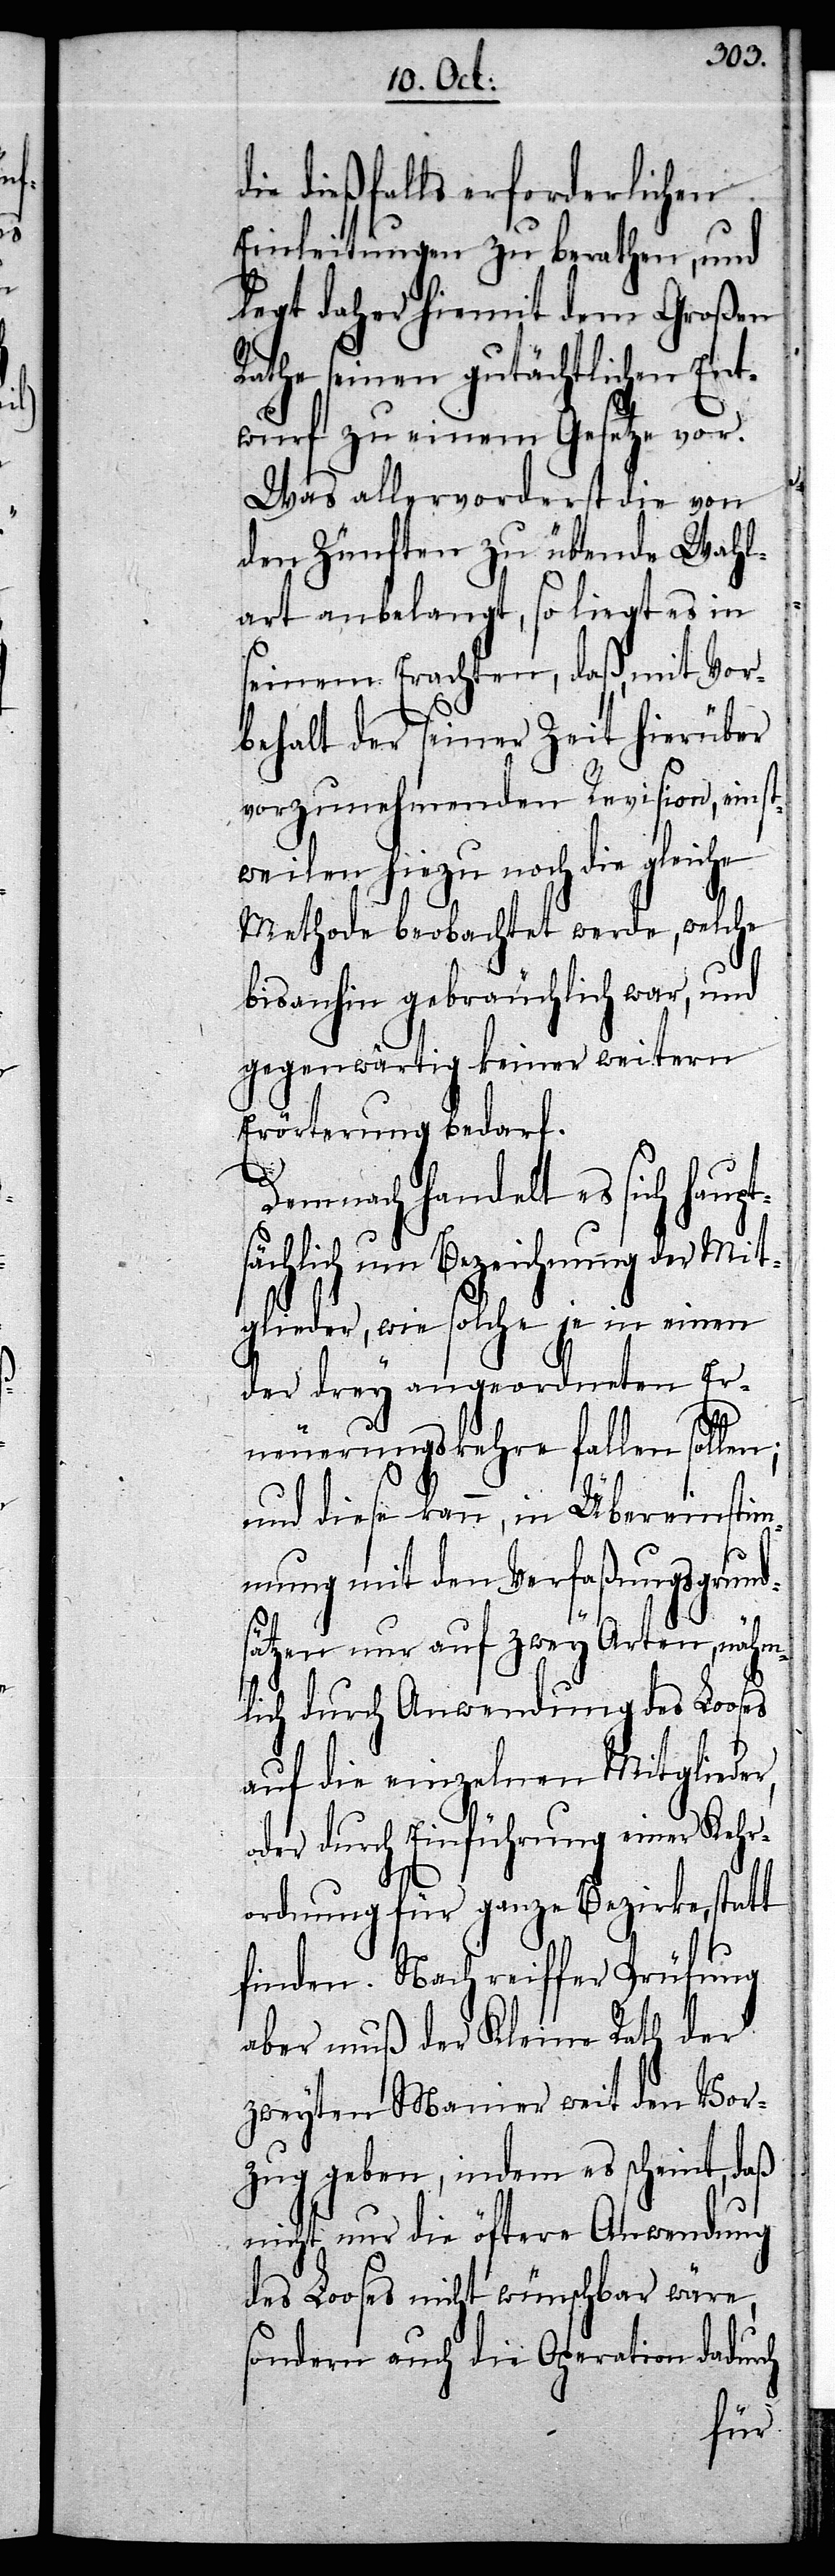
die dießfalls erforderlichen
Einleitungen zu berathen, und
legt daher hiemit dem Großen
Rathe seinen gutächtlichen Ent¬
wurf zu einem Gesetze vor.
Was allervorderst die von
den Zünften zu übende Wahl¬
art anbelangt, so liegt es in
seinem Erachten, daß, mit Vor¬
behalt der seiner Zeit hierüber
vorzunehmenden Revision, einst¬
weilen hiezu noch die gleiche
Methode beobachtet werde, welche
bisanhin gebräuchlich war, und
gegenwärtig keiner weitern
Erläuterung bedarf.
Demnach handelt es sich haupt¬
ächlich um Bezeichnung der Mit¬
glieder, wie solche je in einen
der drey angeordneten Er¬
ch
neuerungskehre fallen sollen;
und diese kann, in Übereinstim¬
mung mit den Verfaßungsgrund¬
sätzen nur auf zwey Arten, nähm¬
lich durch Anwendung des Looses
auf die einzelnen Mitglieder,
oder durch Einführung einer Kehr¬
ordnung für ganze Bezirke, statt
finden. Nach reiffer Prüfung
aber muß der Kleine Rath der
zweyten Manier weit den Vor¬
zug geben, indem es scheint, daß
nicht nur die öftere Anwendung
des Looses nicht wünschbar wäre,
sondern auch die Operation dadur¬